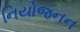
નિયોજનન